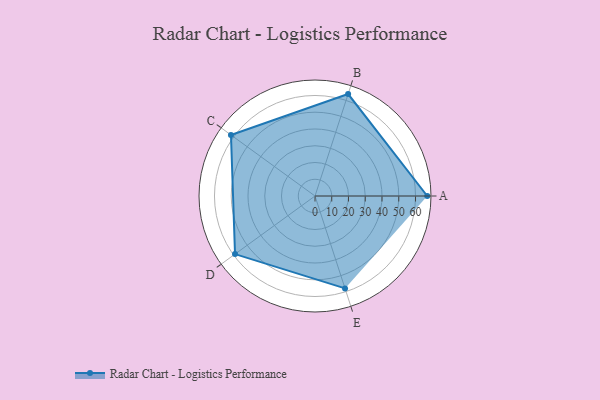
{"axis": {"x": "Skill", "y": "Score"}, "legend": ["Profile"], "data": [{"x": "A", "y": 67.0, "type": "Profile"}, {"x": "B", "y": 64.0, "type": "Profile"}, {"x": "C", "y": 62.0, "type": "Profile"}, {"x": "D", "y": 59.0, "type": "Profile"}, {"x": "E", "y": 58.0, "type": "Profile"}]}